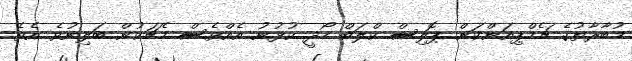
މުބާރާތުގެ ޗެމްޕިއަންކަން ޕޮލިސް ކްލަބް ހޯދީ ކުޅުނު އެއްވެސް މެޗަކުން ބަލިނުވެ އެވެ.